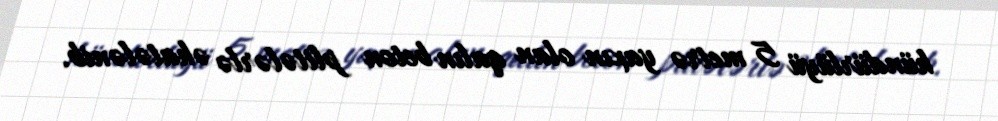
hündürlüyü 5 metrə yaxın olan qalın beton plitələrlə əhatələnib.